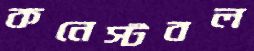
কনেস্টবল